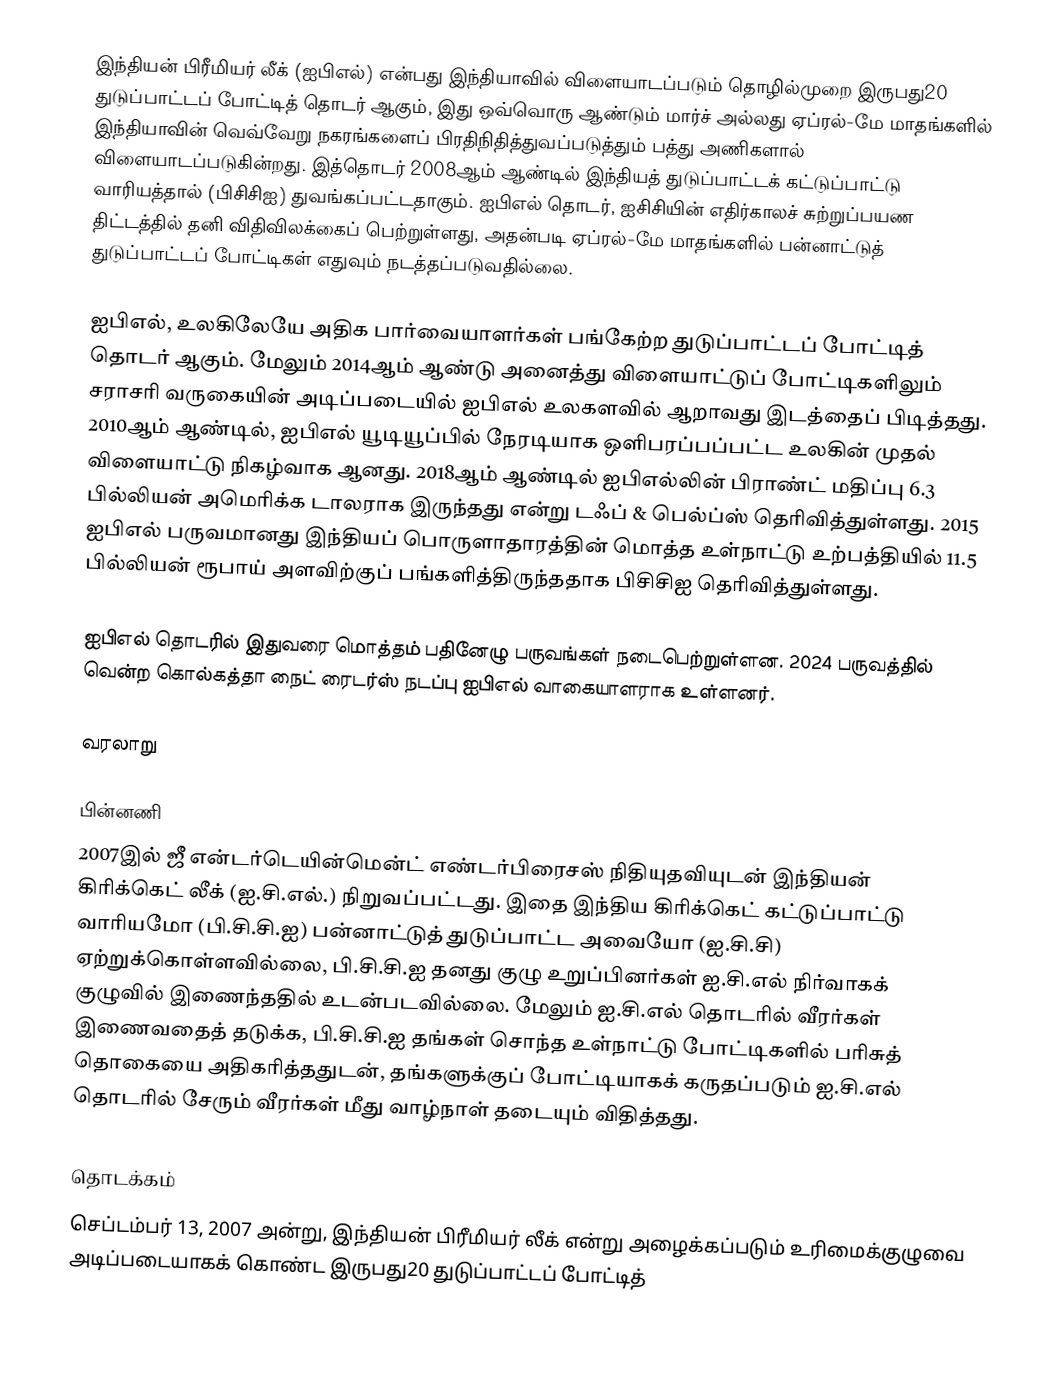
இந்தியன் பிரீமியர் லீக் (ஐபிஎல்) என்பது இந்தியாவில் விளையாடப்படும் தொழில்முறை இருபது20 துடுப்பாட்டப் போட்டித் தொடர் ஆகும், இது ஒவ்வொரு ஆண்டும் மார்ச் அல்லது ஏப்ரல்-மே மாதங்களில் இந்தியாவின் வெவ்வேறு நகரங்களைப் பிரதிநிதித்துவப்படுத்தும் பத்து அணிகளால் விளையாடப்படுகின்றது. இத்தொடர் 2008ஆம் ஆண்டில் இந்தியத் துடுப்பாட்டக் கட்டுப்பாட்டு வாரியத்தால் (பிசிசிஐ) துவங்கப்பட்டதாகும். ஐபிஎல் தொடர், ஐசிசியின் எதிர்காலச் சுற்றுப்பயண திட்டத்தில் தனி விதிவிலக்கைப் பெற்றுள்ளது, அதன்படி ஏப்ரல்-மே மாதங்களில் பன்னாட்டுத் துடுப்பாட்டப் போட்டிகள் எதுவும் நடத்தப்படுவதில்லை.

ஐபிஎல், உலகிலேயே அதிக பார்வையாளர்கள் பங்கேற்ற துடுப்பாட்டப் போட்டித் தொடர் ஆகும். மேலும் 2014ஆம் ஆண்டு அனைத்து விளையாட்டுப் போட்டிகளிலும் சராசரி வருகையின் அடிப்படையில் ஐபிஎல் உலகளவில் ஆறாவது இடத்தைப் பிடித்தது. 2010ஆம் ஆண்டில், ஐபிஎல் யூடியூப்பில் நேரடியாக ஒளிபரப்பப்பட்ட உலகின் முதல் விளையாட்டு நிகழ்வாக ஆனது. 2018ஆம் ஆண்டில் ஐபிஎல்லின் பிராண்ட் மதிப்பு 6.3 பில்லியன் அமெரிக்க டாலராக இருந்தது என்று  டஃப் & பெல்ப்ஸ் தெரிவித்துள்ளது. 2015 ஐபிஎல் பருவமானது இந்தியப் பொருளாதாரத்தின் மொத்த உள்நாட்டு உற்பத்தியில் 11.5 பில்லியன் ரூபாய் அளவிற்குப் பங்களித்திருந்ததாக பிசிசிஐ தெரிவித்துள்ளது.

ஐபிஎல் தொடரில் இதுவரை மொத்தம் பதினேழு பருவங்கள் நடைபெற்றுள்ளன. 2024 பருவத்தில் வென்ற கொல்கத்தா நைட் ரைடர்ஸ் நடப்பு ஐபிஎல் வாகையாளராக உள்ளனர்.

வரலாறு

பின்னணி
2007இல் ஜீ என்டர்டெயின்மென்ட் எண்டர்பிரைசஸ் நிதியுதவியுடன் இந்தியன் கிரிக்கெட் லீக் (ஐ.சி.எல்.) நிறுவப்பட்டது. இதை இந்திய கிரிக்கெட் கட்டுப்பாட்டு வாரியமோ (பி.சி.சி.ஐ) பன்னாட்டுத் துடுப்பாட்ட அவையோ (ஐ.சி.சி) ஏற்றுக்கொள்ளவில்லை, பி.சி.சி.ஐ தனது குழு உறுப்பினர்கள் ஐ.சி.எல் நிர்வாகக் குழுவில் இணைந்ததில் உடன்படவில்லை. மேலும் ஐ.சி.எல் தொடரில் வீரர்கள் இணைவதைத் தடுக்க, பி.சி.சி.ஐ தங்கள் சொந்த உள்நாட்டு போட்டிகளில் பரிசுத் தொகையை அதிகரித்ததுடன், தங்களுக்குப் போட்டியாகக் கருதப்படும் ஐ.சி.எல் தொடரில் சேரும் வீரர்கள் மீது வாழ்நாள் தடையும் விதித்தது.

தொடக்கம்
செப்டம்பர் 13, 2007 அன்று, இந்தியன் பிரீமியர் லீக் என்று அழைக்கப்படும் உரிமைக்குழுவை அடிப்படையாகக் கொண்ட இருபது20 துடுப்பாட்டப் போட்டித்